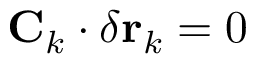
\mathbf { C } _ { k } \cdot \delta \mathbf { r } _ { k } = 0